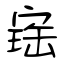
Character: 寚